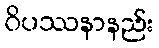
ဝိပဿနာနည်း